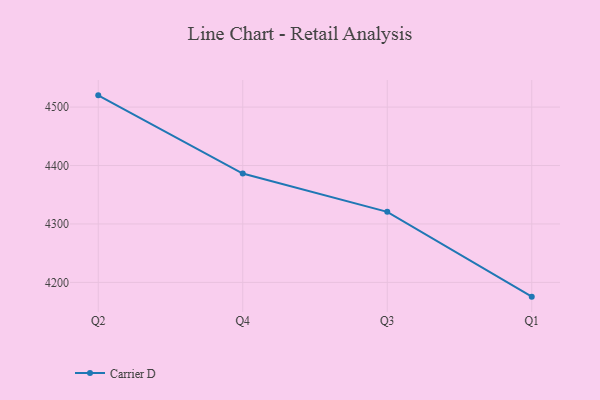
{"axis": {"x": "Quarter", "y": "Market Share (%)"}, "legend": ["Carrier D"], "data": [{"x": "Q2", "y": 4520.1, "type": "Carrier D"}, {"x": "Q4", "y": 4386.2, "type": "Carrier D"}, {"x": "Q3", "y": 4320.8, "type": "Carrier D"}, {"x": "Q1", "y": 4175.6, "type": "Carrier D"}]}